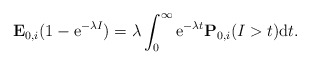
\begin{align*}\mathbf{E}_{0,i}(1-{\rm e}^{-\lambda I})=\lambda \int_0^{\infty}{\rm e}^{-\lambda t}\mathbf{P}_{0,i}(I>t){\rm d}t .\end{align*}